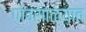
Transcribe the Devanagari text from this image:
पावसाळय़ात